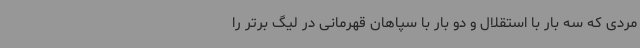
مردی که سه بار با استقلال و دو بار با سپاهان قهرمانی در لیگ برتر را